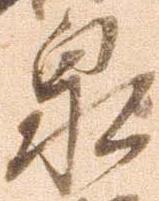
泉